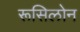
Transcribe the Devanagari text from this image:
रूसिलोन